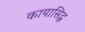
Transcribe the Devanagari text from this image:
कायासिद्ध